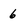
Character: 6